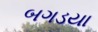
બગડયા